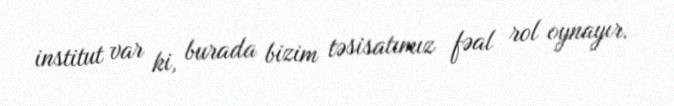
institut var ki, burada bizim təsisatımız fəal rol oynayır.